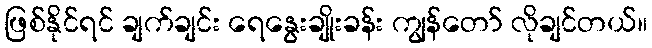
ဖြစ်နိုင်ရင် ချက်ချင်း ရေနွေးချိုးခန်း ကျွန်တော် လိုချင်တယ်။